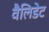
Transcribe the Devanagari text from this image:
वैलिडेट